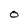
Character: O